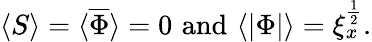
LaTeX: \langle S\rangle=\langle\overline{{\Phi}}\rangle=0\, \, \mathrm{and}\, \, \langle|\Phi|\rangle=\xi_{x}^{\frac{1}{2}}.